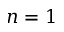
n = 1